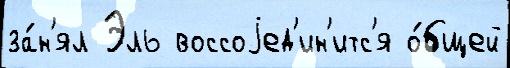
за́н'ял Эль воссоjед'ин'итс'я о́бщей